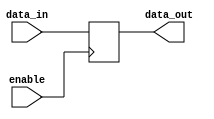
module gated_latch (
    input wire data_in,
    input wire enable,
    output reg data_out
);

always @ (posedge enable) begin
    if (enable) begin
        data_out <= data_in;
    end
end

endmodule